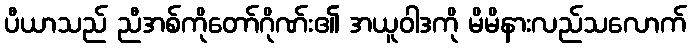
ပီယာသည် ညီအစ်ကိုတော်ဂိုဏ်း၏ အယူဝါဒကို မိမိနားလည်သလောက်